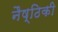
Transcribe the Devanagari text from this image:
नैष्ठिकी